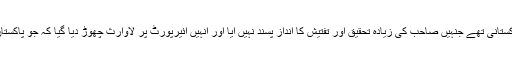
دوسرے ذرائع سے معلومات لینے کے بعد پتا چلا کہ بلانے والی کمپنی کے مالک بھی پاکستانی تھے جنہیں صاحب کی زیادہ تحقیق اور تفتیش کا انداز پسند نہیں آیا اور انہیں ائیرپورٹ پر لاوارث چھوڑ دیا گیا کہ جو پاکستان میں رہتے ہوئے قابو نہیں آرہے وہ باہر کی ہوا کھانے کے بعد کیسے قابو میں آئیں گے۔